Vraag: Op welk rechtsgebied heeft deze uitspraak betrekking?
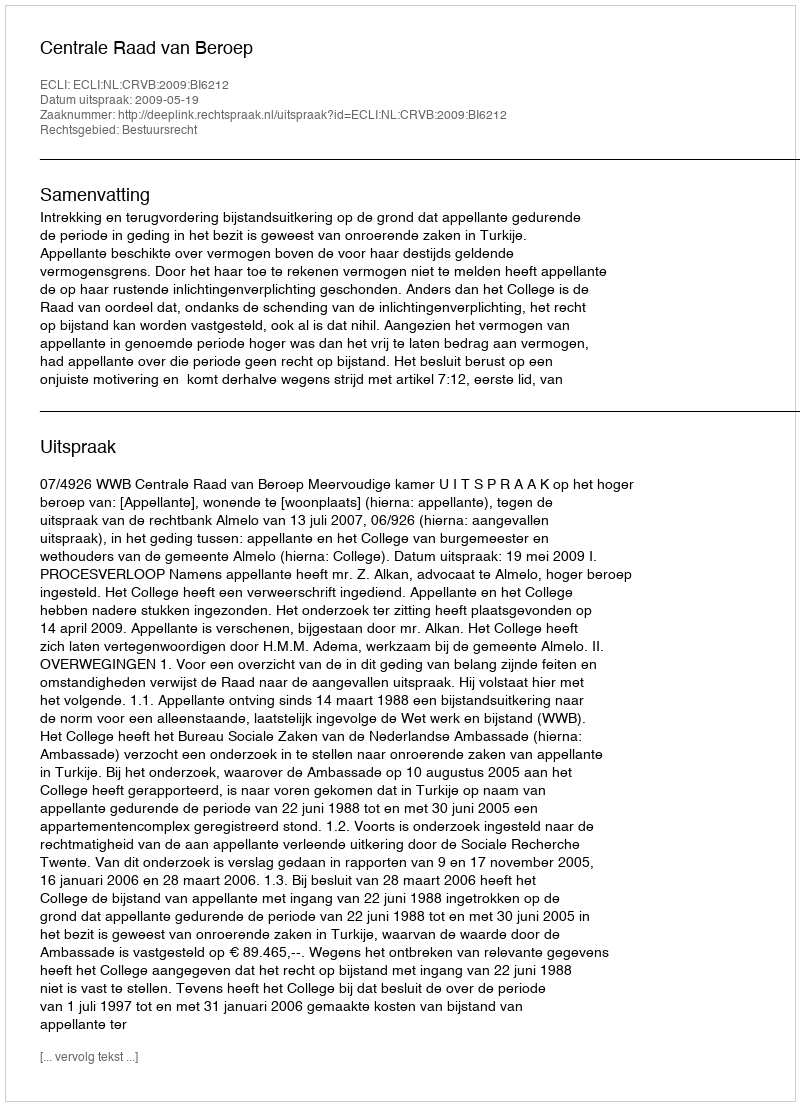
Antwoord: Bestuursrecht